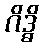
ဂိဒ္ဓိ